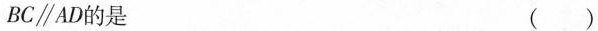
BC \parallel AD的是 ()